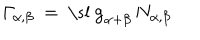
LaTeX: \mathit { \Gamma } _ { \alpha , \beta } ~ = ~ \mathrm { \ s l ~ g } _ { \alpha + \beta } \, N _ { \alpha , \beta }